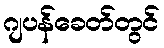
ဂျပန်ခေတ်တွင်